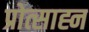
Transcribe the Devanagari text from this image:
प्रोत्साह्न